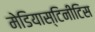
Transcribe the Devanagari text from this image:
मेडियास्टिनीटिस